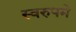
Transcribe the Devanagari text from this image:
स्वरुपमे